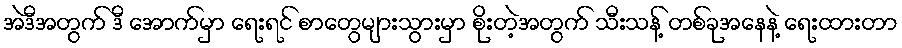
အဲဒီအတွက် ဒီ အောက်မှာ ရေးရင် စာတွေများသွားမှာ စိုးတဲ့အတွက် သီးသန့် တစ်ခုအနေနဲ့ ရေးထားတာ